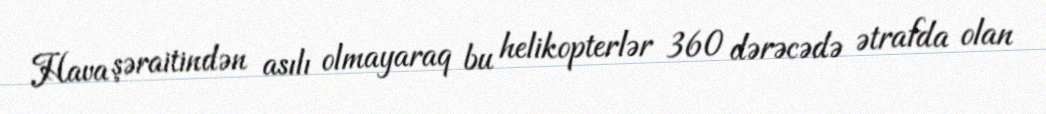
Hava şəraitindən asılı olmayaraq bu helikopterlər 360 dərəcədə ətrafda olan